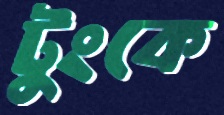
টুংকে